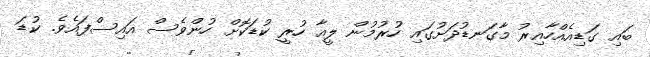
ބައި ގަޑިއެއްހާއިރު މާގަނޑުދަށުގައި ހުރުމުން ލީއާ ހުރީ ކުޑަކޮށް ހުންވެސް އައިސްފައެވެ. ކުޑަ